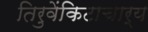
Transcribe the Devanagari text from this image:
तिरुवेंकिटाचार्य